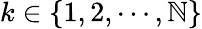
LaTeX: k\in\{ 1,2,\cdots,\mathbb{N}\}